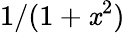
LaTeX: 1/(1+\mathit{x}^{2})